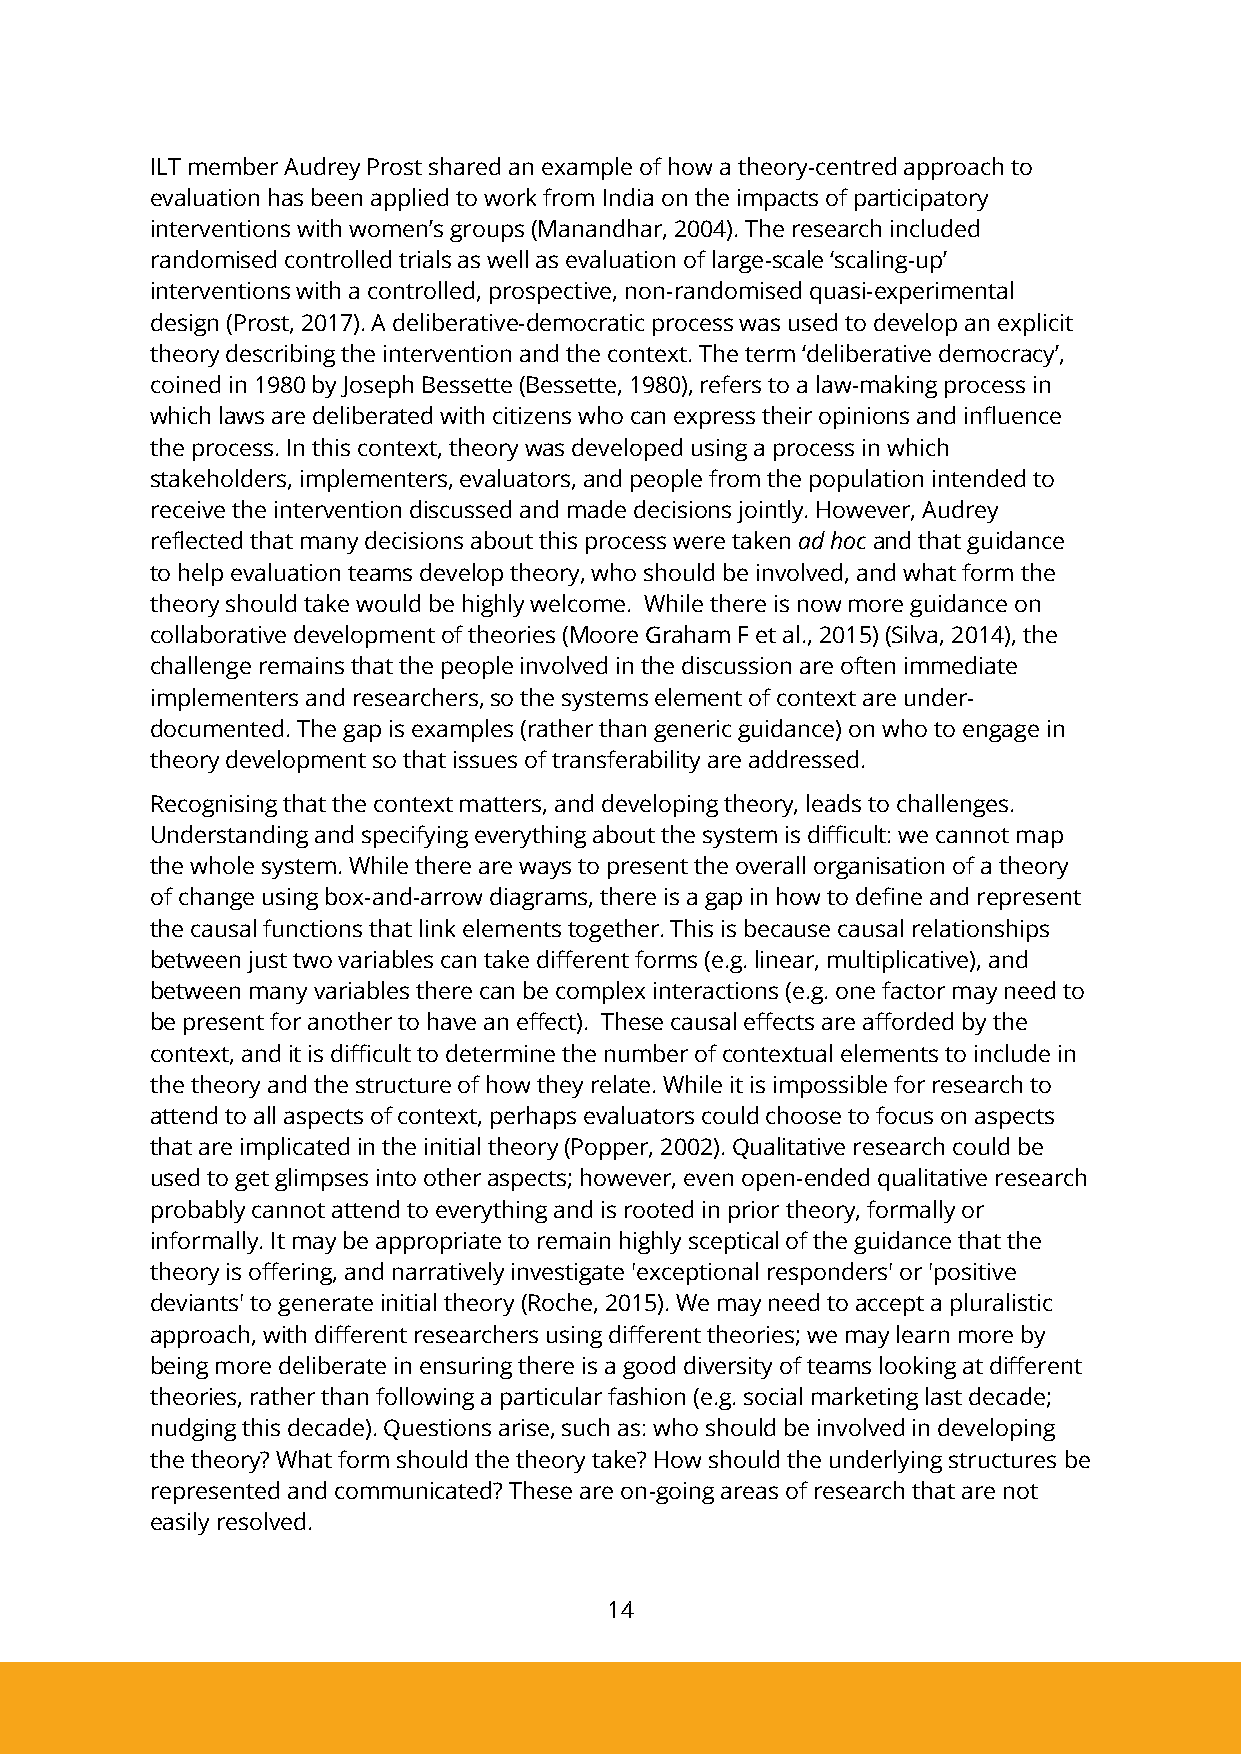
ILT member Audrey Prost shared an example of how a theory-centred approach to
 evaluation has been applied to work from India on the impacts of participatory
 interventions with women’s groups (Manandhar, 2004). The research included
 randomised controlled trials as well as evaluation of large-scale ‘scaling-up’
 interventions with a controlled, prospective, non-randomised quasi-experimental
 design (Prost, 2017). A deliberative-democratic process was used to develop an explicit
 theory describing the intervention and the context. The term ‘deliberative democracy’,
 coined in 1980 by Joseph Bessette (Bessette, 1980), refers to a law-making process in
 which laws are deliberated with citizens who can express their opinions and influence
 the process. In this context, theory was developed using a process in which
 stakeholders, implementers, evaluators, and people from the population intended to
 receive the intervention discussed and made decisions jointly. However, Audrey
 reflected that many decisions about this process were taken ad hoc and that guidance
 to help evaluation teams develop theory, who should be involved, and what form the
 theory should take would be highly welcome. While there is now more guidance on
 collaborative development of theories (Moore Graham F et al., 2015) (Silva, 2014), the
 challenge remains that the people involved in the discussion are often immediate
 implementers and researchers, so the systems element of context are under-
 documented. The gap is examples (rather than generic guidance) on who to engage in
 theory development so that issues of transferability are addressed.
 Recognising that the context matters, and developing theory, leads to challenges.
 Understanding and specifying everything about the system is difficult: we cannot map
 the whole system. While there are ways to present the overall organisation of a theory
 of change using box-and-arrow diagrams, there is a gap in how to define and represent
 the causal functions that link elements together. This is because causal relationships
 between just two variables can take different forms (e.g. linear, multiplicative), and
 between many variables there can be complex interactions (e.g. one factor may need to
 be present for another to have an effect). These causal effects are afforded by the
 context, and it is difficult to determine the number of contextual elements to include in
 the theory and the structure of how they relate. While it is impossible for research to
 attend to all aspects of context, perhaps evaluators could choose to focus on aspects
 that are implicated in the initial theory (Popper, 2002). Qualitative research could be
 used to get glimpses into other aspects; however, even open-ended qualitative research
 probably cannot attend to everything and is rooted in prior theory, formally or
 informally. It may be appropriate to remain highly sceptical of the guidance that the
 theory is offering, and narratively investigate 'exceptional responders' or 'positive
 deviants' to generate initial theory (Roche, 2015). We may need to accept a pluralistic
 approach, with different researchers using different theories; we may learn more by
 being more deliberate in ensuring there is a good diversity of teams looking at different
 theories, rather than following a particular fashion (e.g. social marketing last decade;
 nudging this decade). Questions arise, such as: who should be involved in developing
 the theory? What form should the theory take? How should the underlying structures be
 represented and communicated? These are on-going areas of research that are not
 easily resolved.
 14